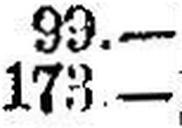
173.—